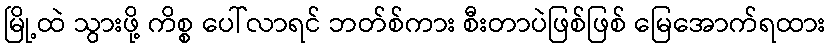
မြို့ထဲ သွားဖို့ ကိစ္စ ပေါ်လာရင် ဘတ်စ်ကား စီးတာပဲဖြစ်ဖြစ် မြေအောက်ရထား